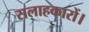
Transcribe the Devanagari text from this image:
सलाहकारों।